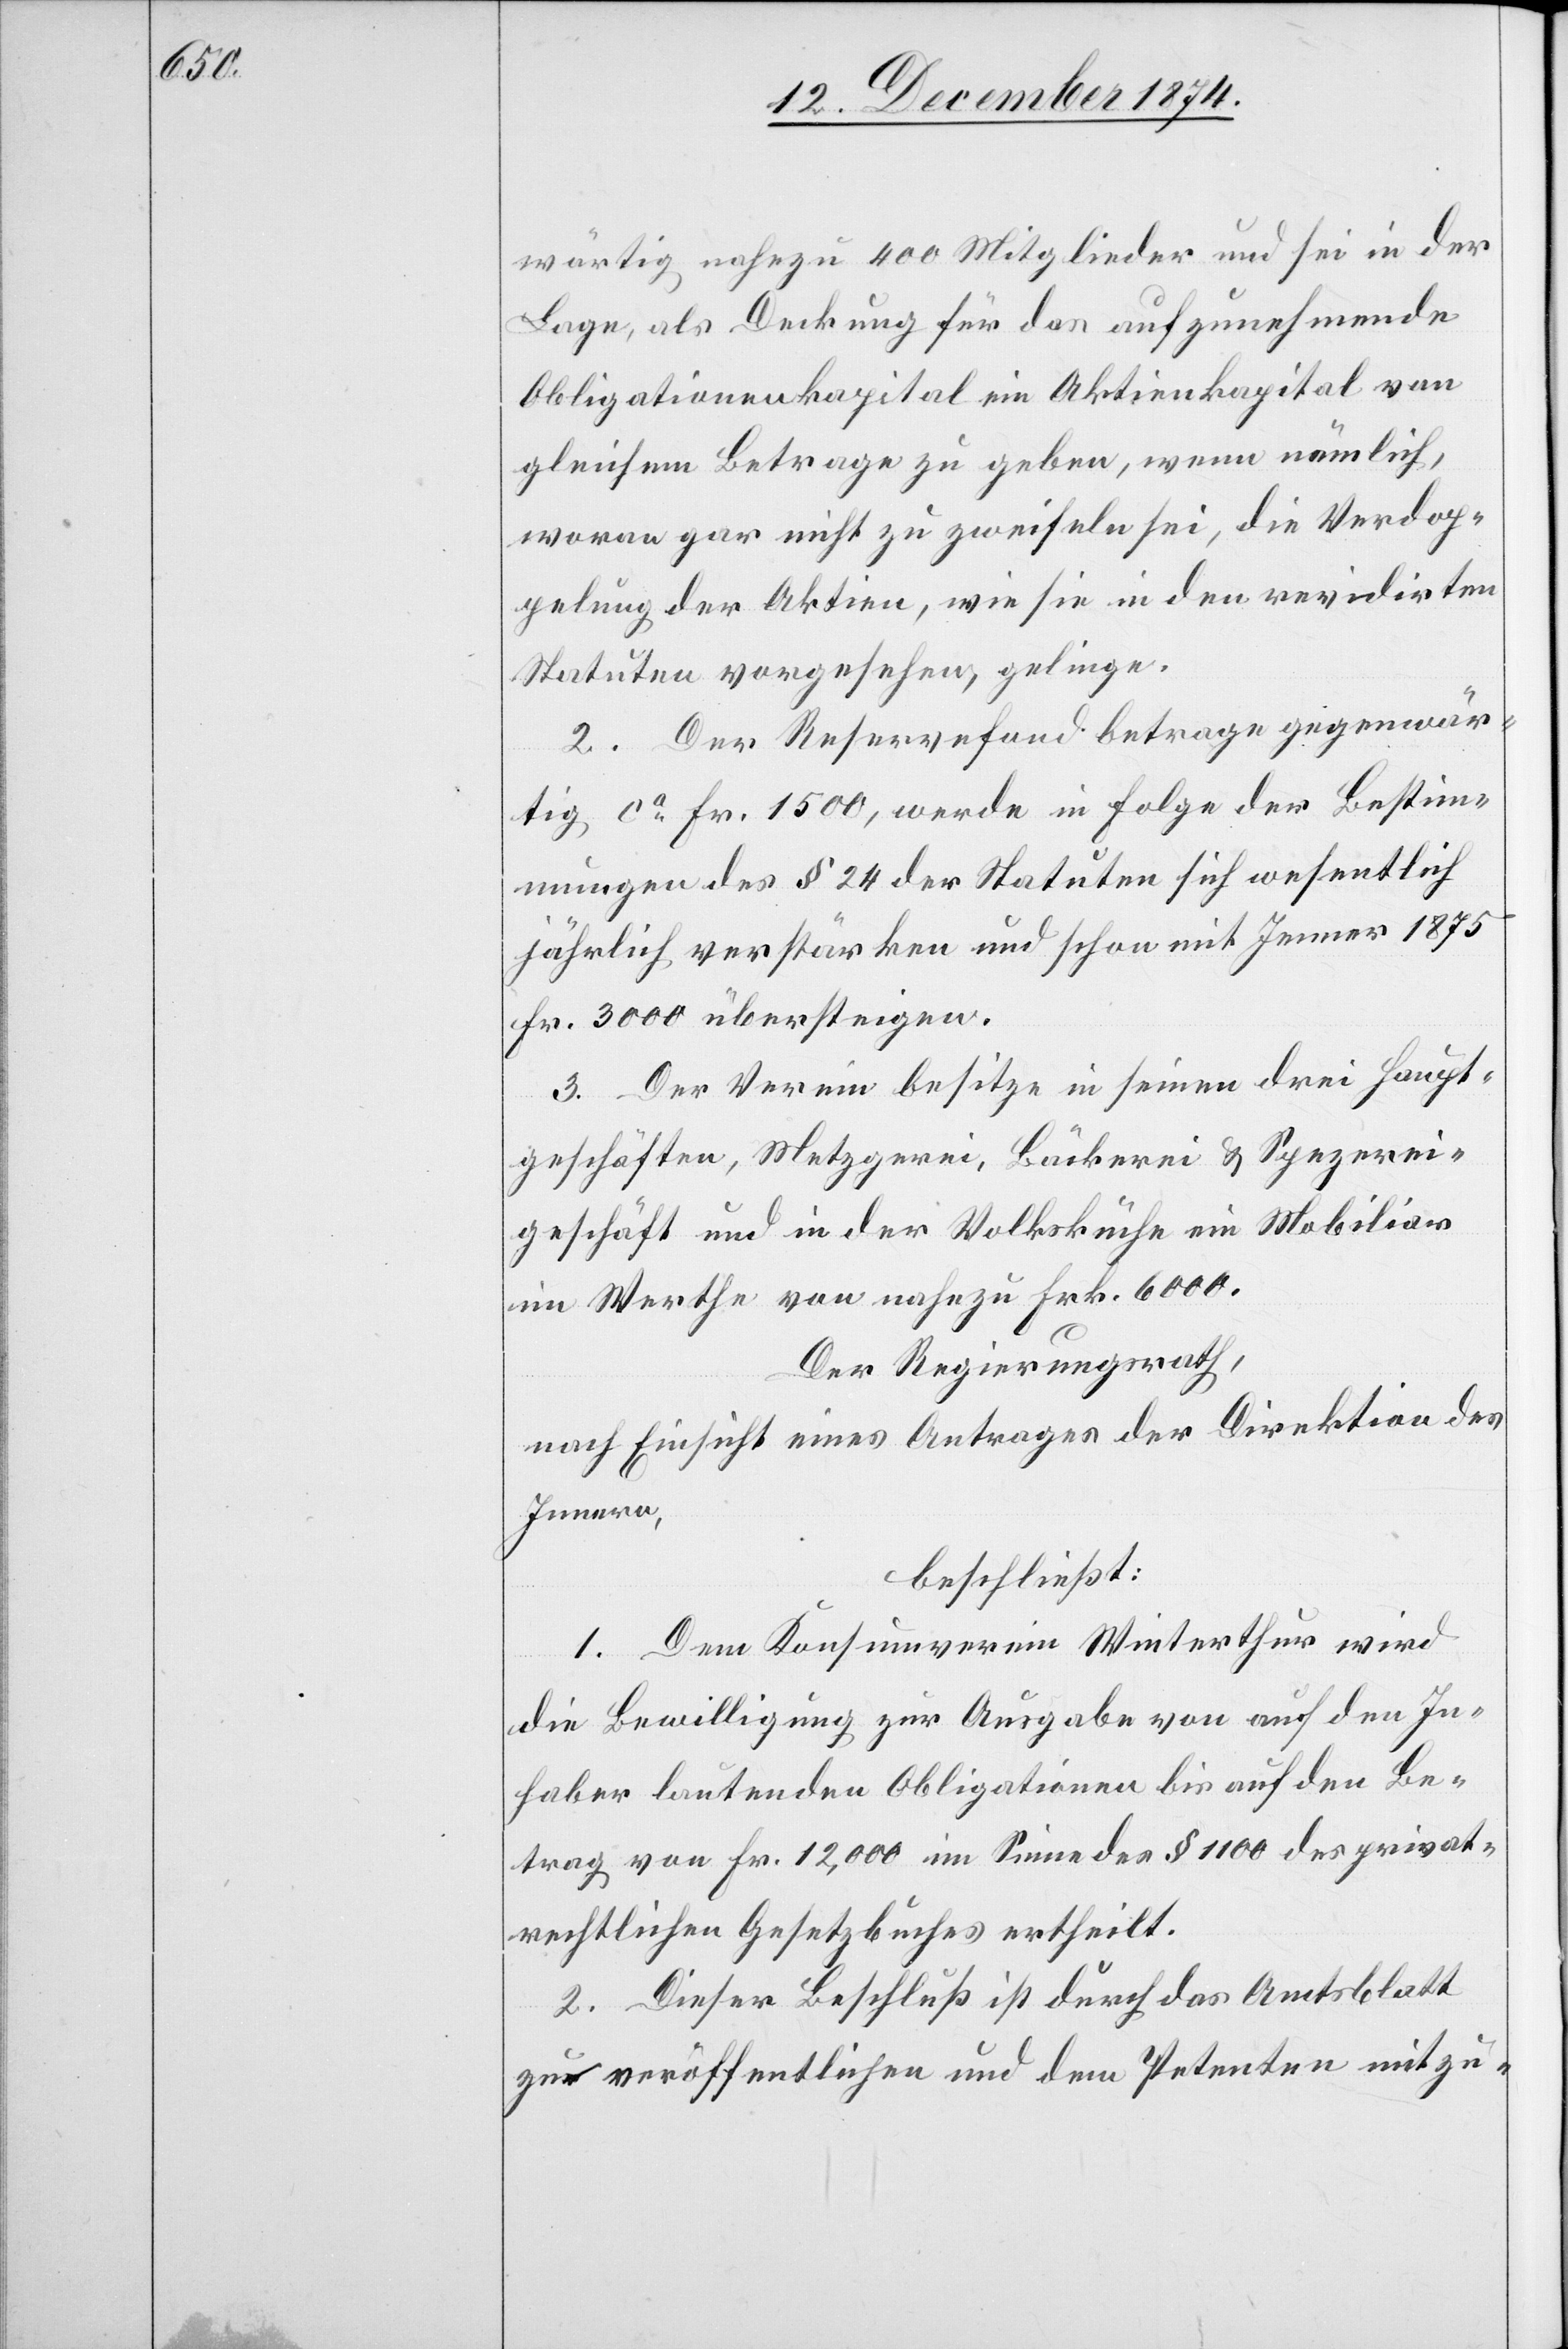
wärtig nahezu 400 Mitglieder und sei in der
Lage, als Deckung für das aufzunehmende
Obligationenkapital ein Aktienkapital von
gleichem Betrage zu geben, wenn nämlich,
woran gar nicht zu zweifeln sei, die Verdop¬
pelung der Aktien, wie sie in den revidirten
Statuten vorgesehen, gelinge.
2. Der Reservefond betrage gegenwär¬
tig ca Fr. 1500, werde in Folge der Bestim¬
mungen des § 24 der Statuten sich wesentlich
jährlich verstärken und schon mit Jenner 1875
Fr. 3000 übersteigen.
3. Der Verein besitze in seinen drei Haupt¬
geschäften, Metzgerei, Bäckerei & Spezerei¬
geschäft und in der Volksküche ein Mobiliar
im Werthe von nahezu Frk. 6000.
Der Regierungsrath,
nach Einsicht eines Antrages der Direktion des
Innern,
beschließt:
1. Dem Konsumverein Winterthur wird
die Bewilligung zur Ausgabe von auf den In¬
haber lautenden Obligationen bis auf den Be¬
trag von Fr. 12,000 im Sinne des § 1100 des privat¬
rechtlichen Gesetzbuches ertheilt.
2. Dieser Beschluß ist durch das Amtsblatt
zu veröffentlichen und dem Petenten mitzu-